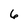
Character: 6